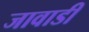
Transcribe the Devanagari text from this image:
जावाडी